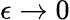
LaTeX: \epsilon\to 0